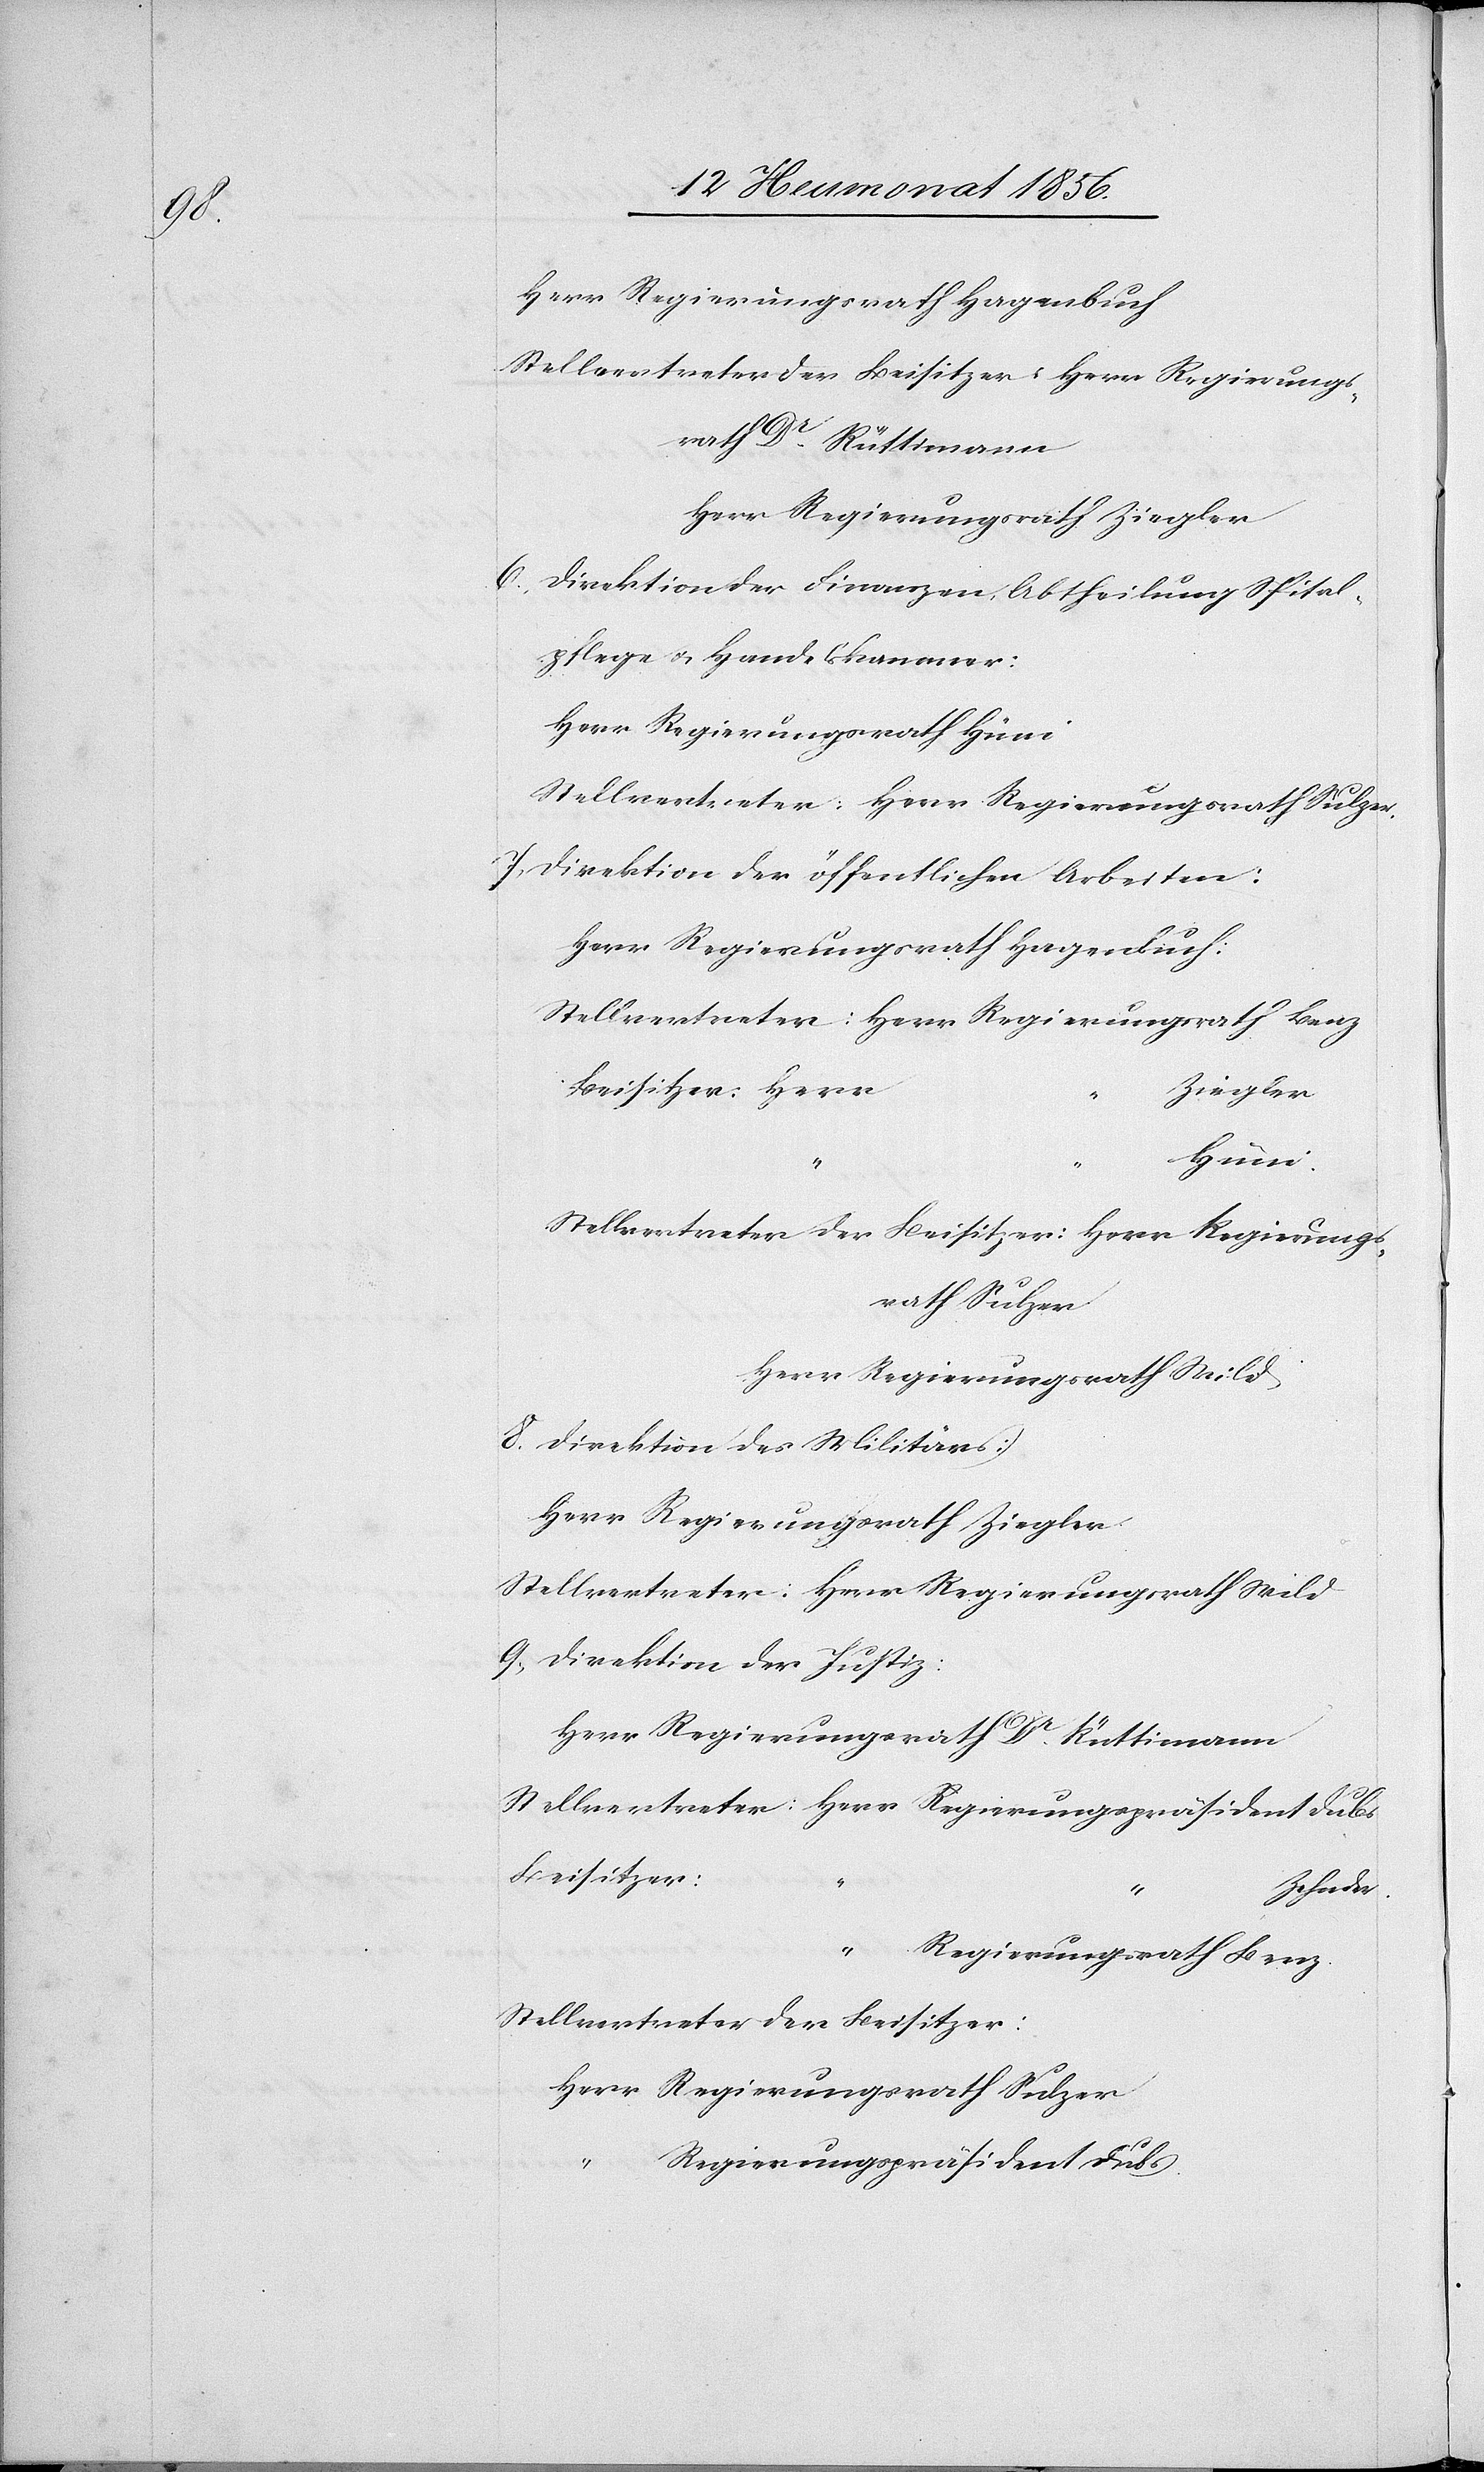
6.

Herr Regierungsrath Hagenbuch
Stellvertreter der Beisitzer: Herr Regierungs¬
rath Dr Rüttimann
Herr Regierungsrath Ziegler
Direktion der Finanzen, Abtheilung Spital¬
pflege u. Handelskammer:
Herr Regierungsrath Hüni
Stellvertreter: Herr Regierungsrath Sulzer.
7. Direktion der öffentlichen Arbeiten:
Herr Regierungsrath Hagenbuch:
Stellvertreter: Herr Regierungsrath Benz
Beisitzer: Herr
rath Sulzer
Herr Regierungsrath Wild
8. Direktion des Militärs:
Herr Regierungsrath Ziegler.
Stellvertreter: Herr Regierungsrath Wild
9. Direktion der Justiz:
Herr Regierungsrath Dr Rüttimann
Stellvertreter: Herr Regierungspräsident Dubs
“	Regierungsrath Benz.
Stellvertreter der Beisitzer:
Herr Regierungsrath Sulzer
Regierungspräsident Dubs.